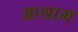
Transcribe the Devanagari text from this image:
आश्राम